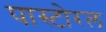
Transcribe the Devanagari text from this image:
पास्टोरल